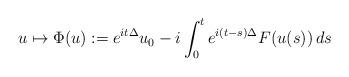
LaTeX: \begin{align*}u\mapsto \Phi(u):= e^{it\Delta}u_0 - i\int_0^t e^{i(t-s)\Delta}F(u(s))\,ds\end{align*}